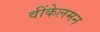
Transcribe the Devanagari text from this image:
वींकेलमन